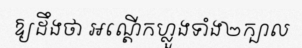
ឱ្យដឹងថា អណ្តើកហ្លួងទាំង២ក្បាល